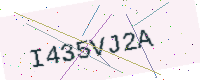
Text: I435VJ2A